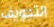
التجويف